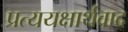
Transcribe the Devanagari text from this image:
प्रत्ययक्षार्थवाद